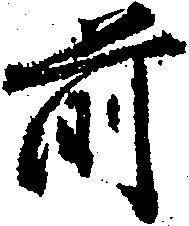
前